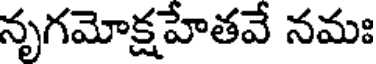
నృగమోక్షహతవే నమః